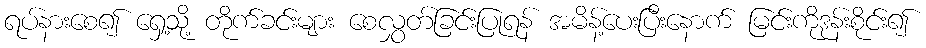
ရပ်နားစေ၍ ရှေ့သို့ တိုက်ခင်းများ စေလွှတ်ခြင်းပြုရန် အမိန့်ပေးပြီးနောက် မြင်းကိုဒုန်းစိုင်း၍